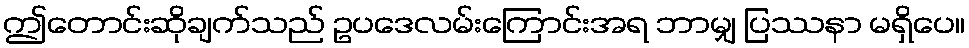
ဤတောင်းဆိုချက်သည် ဥပဒေလမ်းကြောင်းအရ ဘာမျှ ပြဿနာ မရှိပေ။